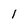
Character: l